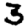
Digit: 3